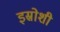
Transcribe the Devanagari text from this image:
इस्रोशी